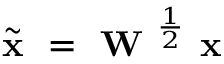
\tilde { \textbf { x } } = \textbf { W } ^ { \frac { 1 } { 2 } } \textbf { x }